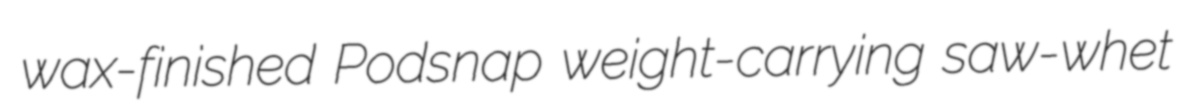
wax-finished Podsnap weight-carrying saw-whet